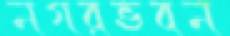
নগরভবন